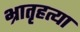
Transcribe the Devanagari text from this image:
भ्रातृहत्या